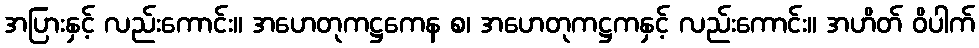
အပြားနှင့် လည်းကောင်း။ အဟေတုကဋ္ဌကေန စ၊ အဟေတုကဋ္ဌကနှင့် လည်းကောင်း။ အဟိတ် ဝိပါက်